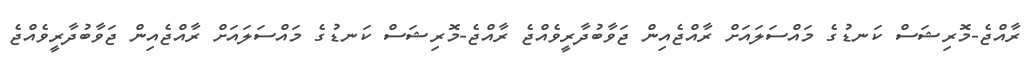
ރާއްޖެ-މޮރިޝަސް ކަނޑުގެ މައްސަލައަށް ރާއްޖެއިން ޖަވާބުދާރީވެއްޖެ ރާއްޖެ-މޮރިޝަސް ކަނޑުގެ މައްސަލައަށް ރާއްޖެއިން ޖަވާބުދާރީވެއްޖެ